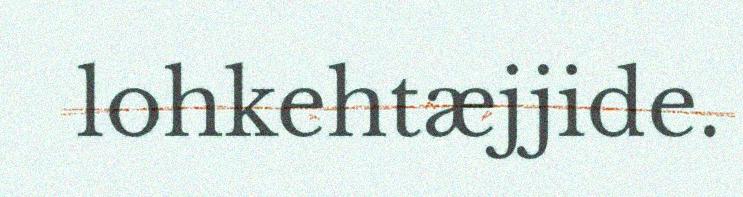
lohkehtæjjide.